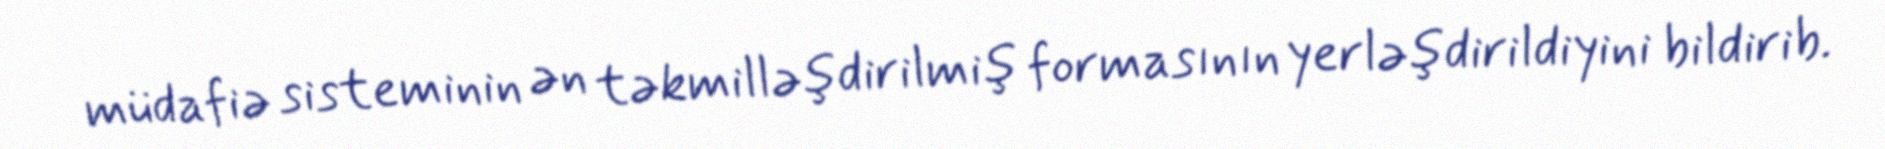
müdafiə sisteminin ən təkmilləşdirilmiş formasının yerləşdirildiyini bildirib.